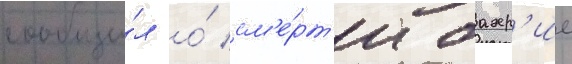
сообщи́л о́ см'е́рт'и бахр'ие